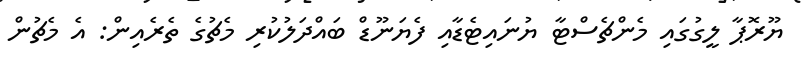
ޔޫރޮޕާ ލީގުގައި މެންޗެސްޓާ ޔުނައިޓެޑާއި ފެޔަނޫޑް ބައްދަލުކުރި މެޗުގެ ތެރެއިން: އެ މެޗުން